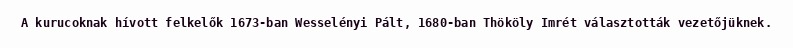
A kurucoknak hívott felkelők 1673-ban Wesselényi Pált, 1680-ban Thököly Imrét választották vezetőjüknek.